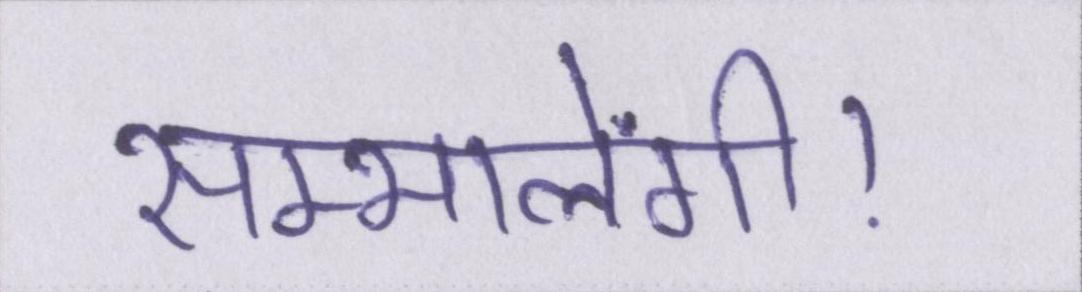
सम्भालेंगी।